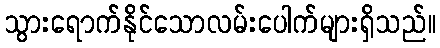
သွားရောက်နိုင်သောလမ်းပေါက်များရှိသည်။